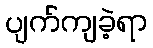
ပျက်ကျခဲ့ရာ